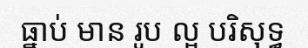
ធ្នាប់ មាន រូប ល្អ បរិសុទ្ធ